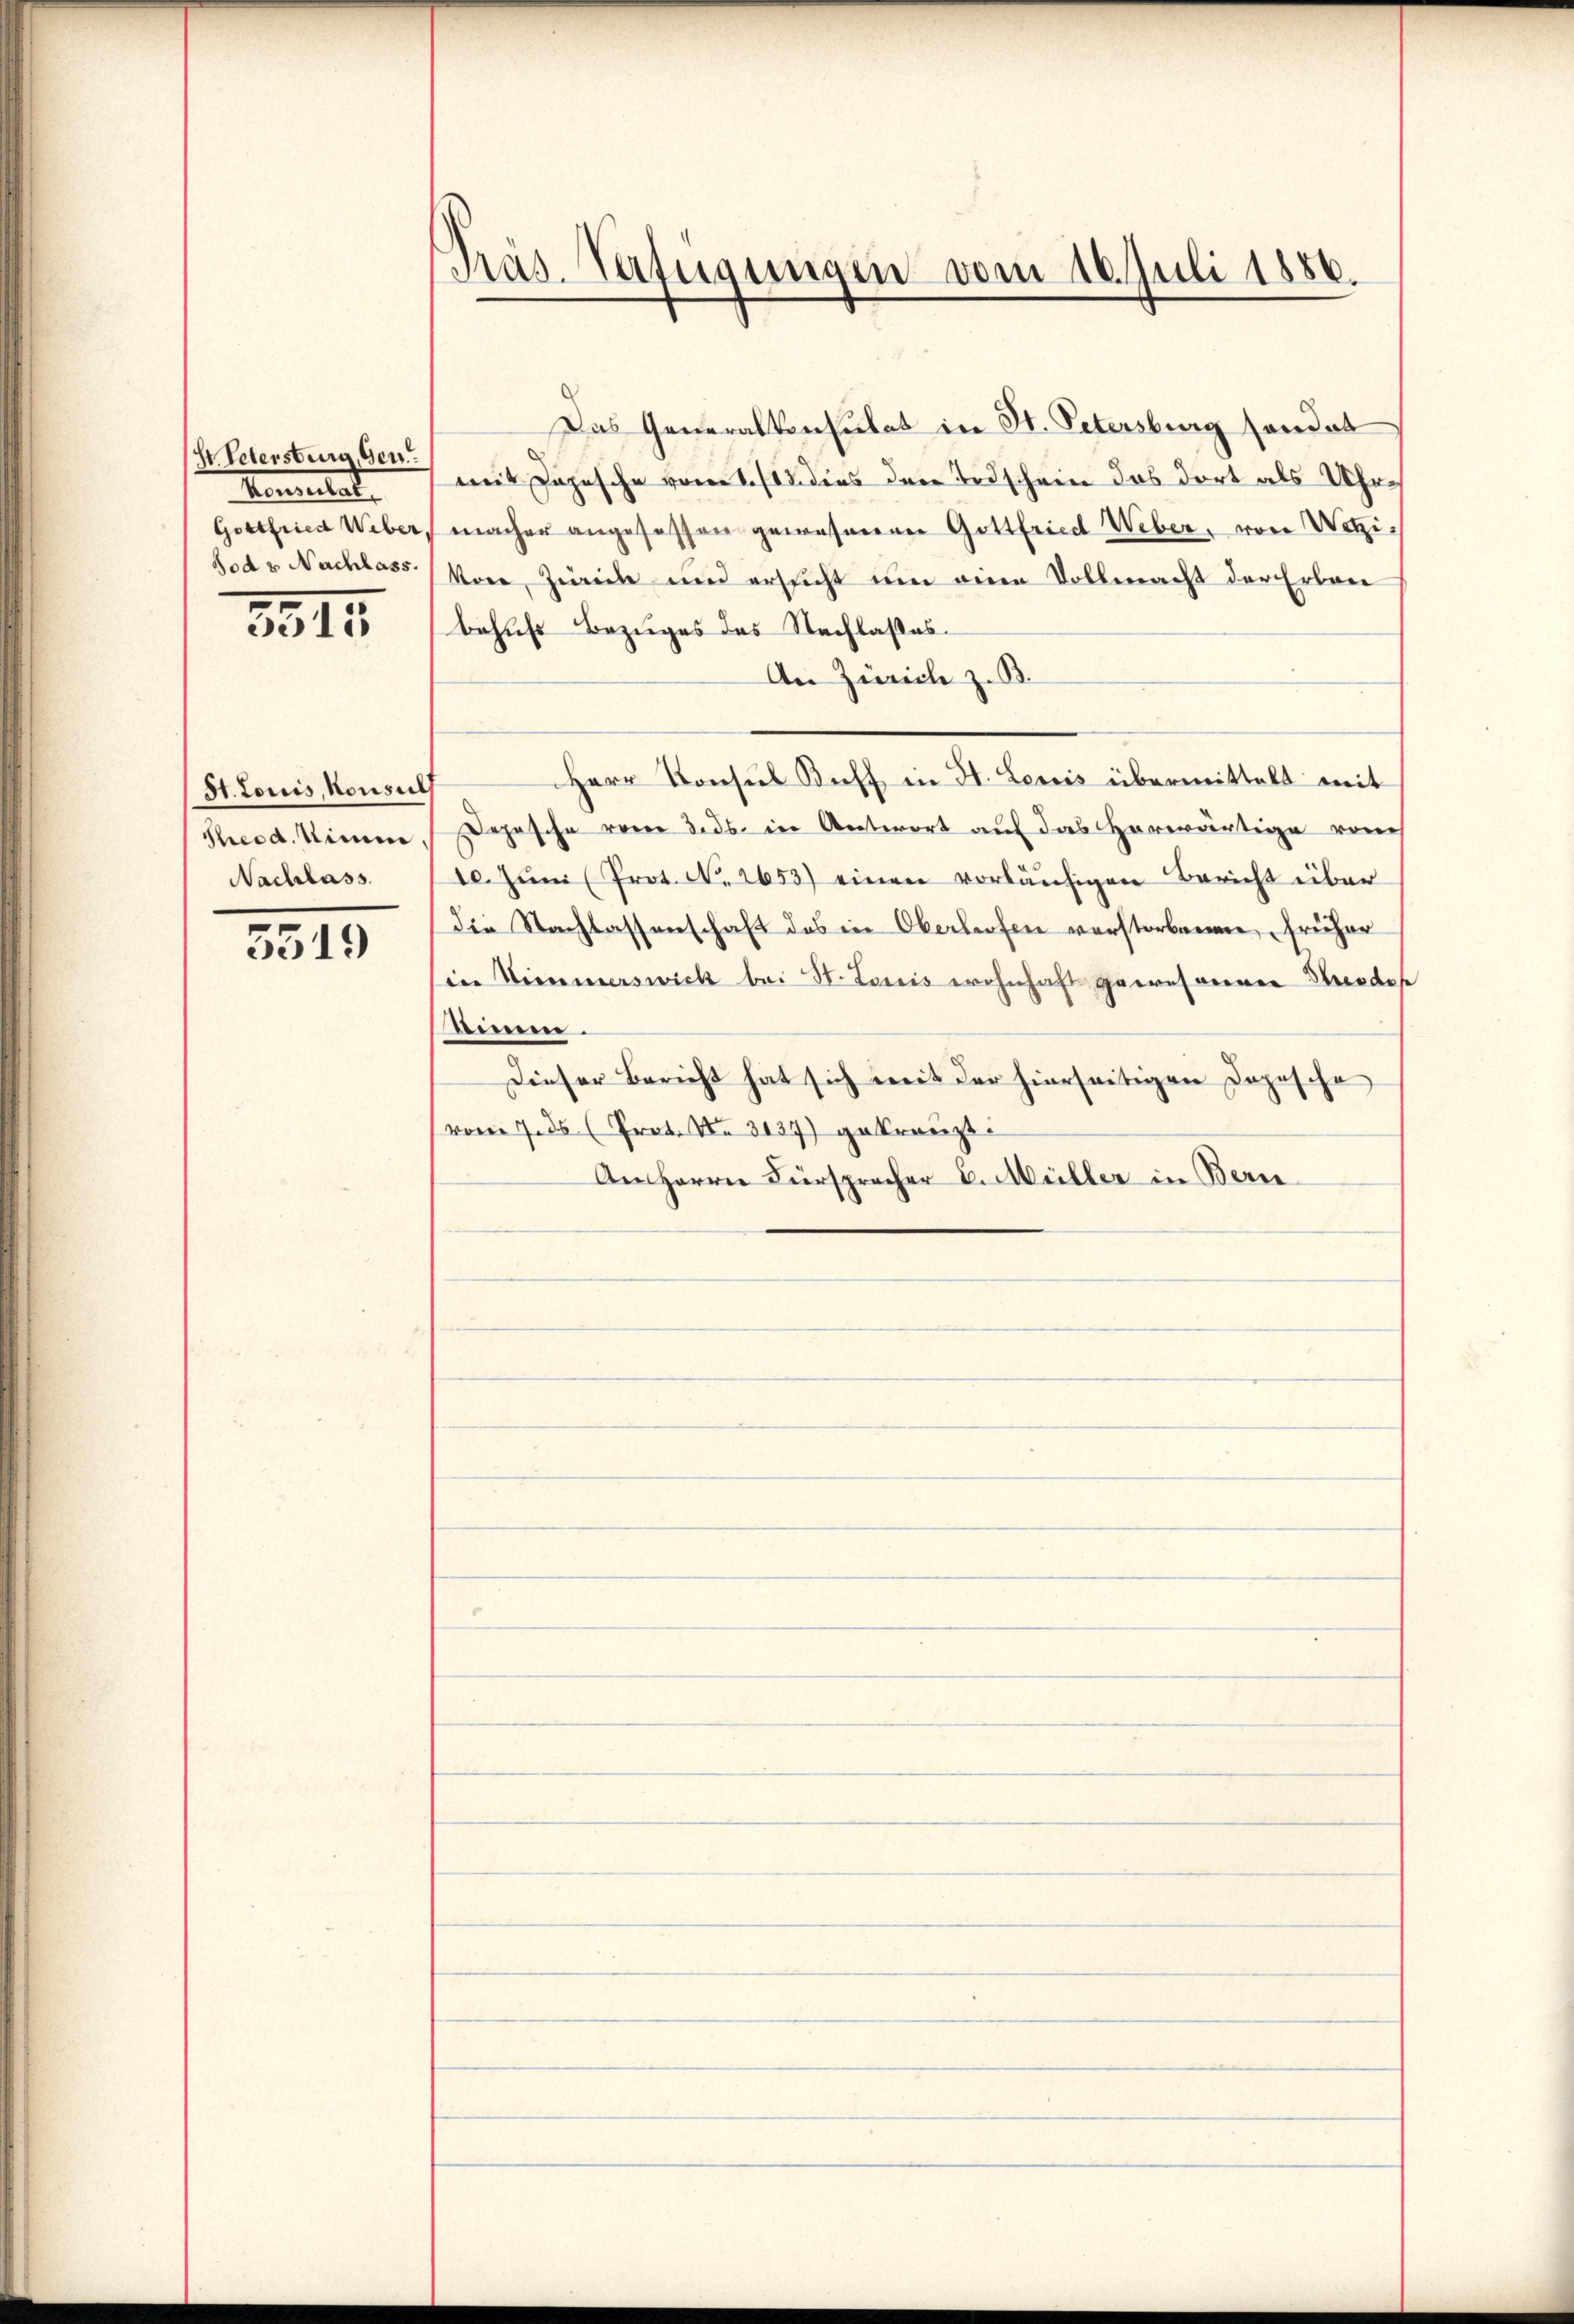
(Hr. Vetersburg, Gen
Konntal
Gottfried Weber,
Jod u Nachlass

2315

St. Louis, Konsuls
Theod. Nimm
Nachlass.

3519

Präs-Verfügungen vom 16. Juli 1886.

Das Generalkonsulat in St. Petersburg sonder
mit Logische vom 1. /12. dies den Todschein das dort als Uhrmacher angesessen gewesenen Gottfried Weber, von Wetzivon Zweck und ersicht ŭm eine Vollmacht der Erban
behufs Bezuges des Nachlasses.
An Zürich z. B.
Herr Konsul Keff in H. Levis übermittelt mit
Depesche vom 3. ds. in Antwort auf das herwärtige von
10. Jŭni (Prot. N. 2653) einen vorläufigen Bericht über
die Nachlassenschaft des in Oberhofen verstorbenen früher
in Himmerswick bei St. Louis wohnhaft gewesener Brodes
Aime.
Dieser Bericht hat sich mit der hierseitigen Dopische
vom 7. ds (Prot. No 3137) gekränzt:
An Herrn Fürsprecher C. Müller in Bern